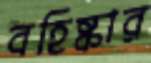
বহিষ্কার